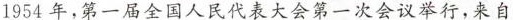
1954年，第一届全国人民代表大会第一次会议举行，来自